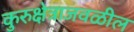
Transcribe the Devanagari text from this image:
कुरुक्षेत्राजवळील